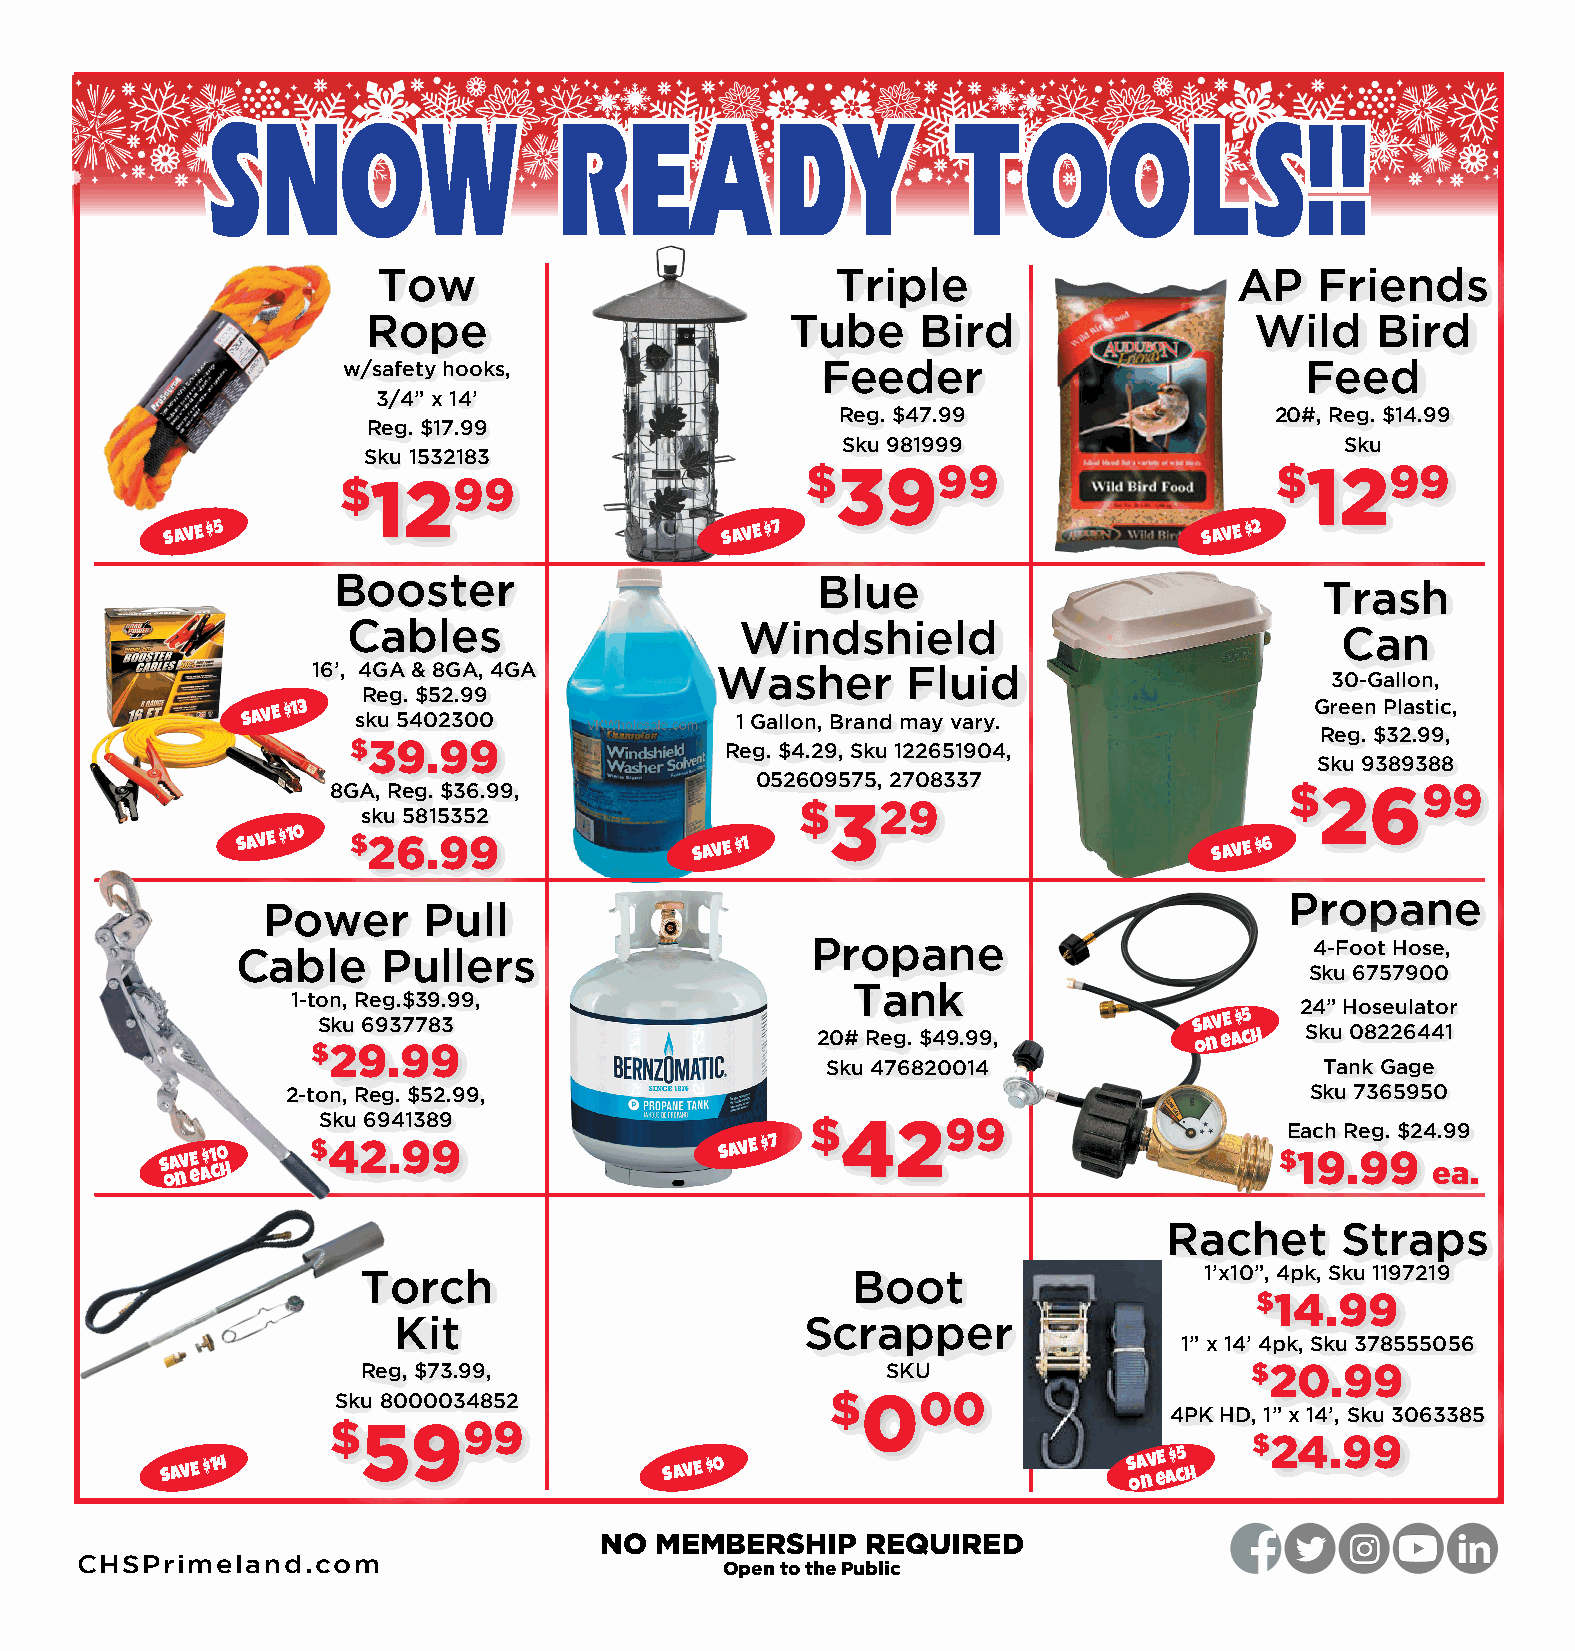
SSNNOOWW               RREEAADDYY                TTOOOOLLSS!!!!
 Tow                           Triple                     AP   Friends
 Rope                        Tube     Bird                  Wild    Bird
 w/safety hooks,                Feeder                          Feed
 3/4” x 14’
 Reg. $47.99                 20#, Reg. $14.99
 Reg. $17.99
 Sku 981999                       Sku
 Sku 1532183
 $3999                          $1299
 $1299
 SAVE $5                              SAVE $7                         SAVE $2
 Booster                         Blue
 Trash
 Cables                    Windshield
 Can
 16’, 4GA & 8GA, 4GA       Washer       Fluid
 30-Gallon,
 Reg. $52.99
 SAVE $13 sku 5402300             1 Gallon, Brand may vary.             Green Plastic,
 Reg. $32.99,
 $39.99                   Reg. $4.29, Sku 122651904,
 Sku 9389388
 052609575, 2708337
 8GA, Reg. $36.99,                                              $2699
 $329
 sku 5815352
 SAVE $10 $26.99               SAVE $1                           SAVE $6
 Propane
 Power      Pull
 Cable    Pullers                      Propane                          4-Foot Hose,
 Sku 6757900
 Tank
 1-ton, Reg.$39.99,
 24” Hoseulator
 $S 2ku 969 .3 9778 93            20# Reg. $49.99,         S oA nV eE a $ c5 h Sku 08226441
 Sku 476820014                    Tank Gage
 2-ton, Reg. $52.99,                                                 Sku 7365950
 Sku 6941389                      $4299
 Each Reg. $24.99
 S oA nV eE a$1 c0 h
 $42.99                     SAVE $7
 $19.99    ea.
 Rachet      Straps
 Torch                           Boot                    1’x10”, 4pk, Sku 1197219
 $14.99
 Kit                        Scrapper
 1” x 14’ 4pk, Sku 378555056
 Reg, $73.99,                       SKU                     $20.99
 Sku 8000034852                   $000
 4PK HD, 1” x 14’, Sku 3063385
 $5999
 $24.99
 SAVE $14                         SAVE $0                        S oA nV eE a $ c5 h
 NO MEMBERSHIP    REQUIRED
 CHSPrimeland.com
 Open to the Public